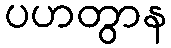
ပဟတွာန